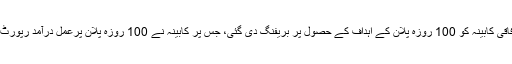
ذرائع کا کہنا ہےکہ وفاقی کابینہ کو 100 روزہ پلان کے اہداف کے حصول پر بریفنگ دی گئی، جس پر کابینہ نے 100 روزہ پلان پرعمل درآمد رپورٹ کی منظوری دے دی۔